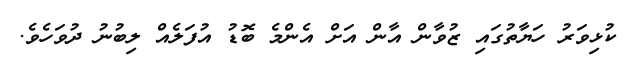
ކުޅިވަރު ހަޔާތުގައި ޒުވާން އާން އަށް އެންމެ ބޮޑު އުފަލެއް ލިބުނު ދުވަހެވެ.